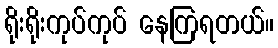
ရိုးရိုးကုပ်ကုပ် နေကြရတယ်။